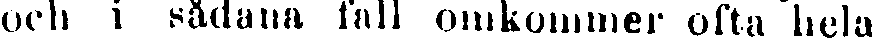
och i sådana fall omkommer ofta hela